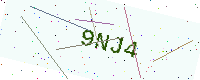
Text: 9NJ4